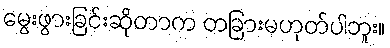
မွေးဖွားခြင်းဆိုတာက တခြားမဟုတ်ပါဘူး။